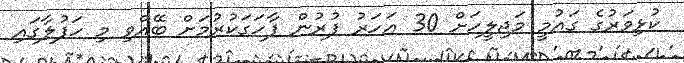
ކުޅިވަރުގެ ގައުމީ މަޖިލީހަށް 30 އަހަރު ފުރުން ފާހަގަކުރުމަށް ބޭއްވި މި ހަފުލާގައި